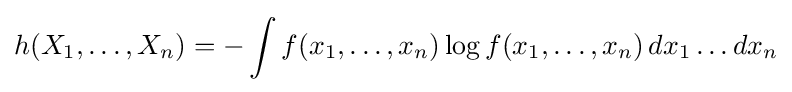
h(X_{1},\ldots ,X_{n})=-\int f(x_{1},\ldots ,x_{n})\log f(x_{1},\ldots ,x_{n})\,dx_{1}\ldots dx_{n}